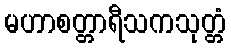
မဟာစတ္တာရီသကသုတ္တံ